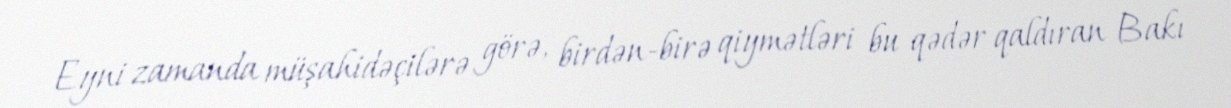
Eyni zamanda müşahidəçilərə görə, birdən-birə qiymətləri bu qədər qaldıran Bakı